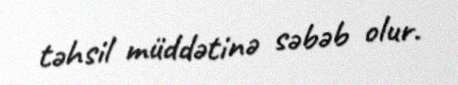
təhsil müddətinə səbəb olur.